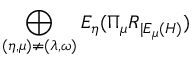
\bigoplus _ { ( \eta , \mu ) \neq ( \lambda , \omega ) } E _ { \eta } ( \Pi _ { \mu } R _ { | E _ { \mu } ( H ) } )